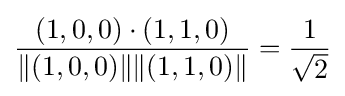
{\frac {(1,0,0)\cdot (1,1,0)}{\Vert (1,0,0)\Vert \Vert (1,1,0)\Vert }}={\frac {1}{\sqrt {2}}}